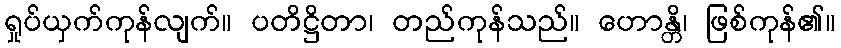
ရှုပ်ယှက်ကုန်လျက်။ ပတိဋ္ဌိတာ၊ တည်ကုန်သည်။ ဟောန္တိ၊ ဖြစ်ကုန်၏။